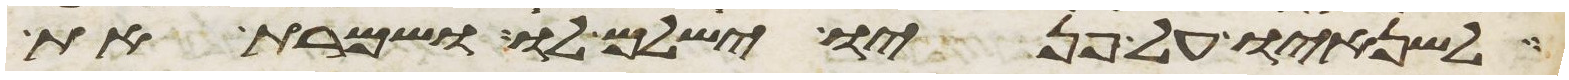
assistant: לשנאיו על פניו ישלם לו ושמרת את